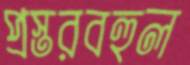
প্রস্তরবহুল